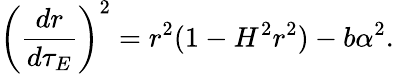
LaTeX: \left(\frac{dr}{d\tau_{E}}\right)^{2}=r^{2}(1-H^{2}r^{2})-b\alpha^{2}.